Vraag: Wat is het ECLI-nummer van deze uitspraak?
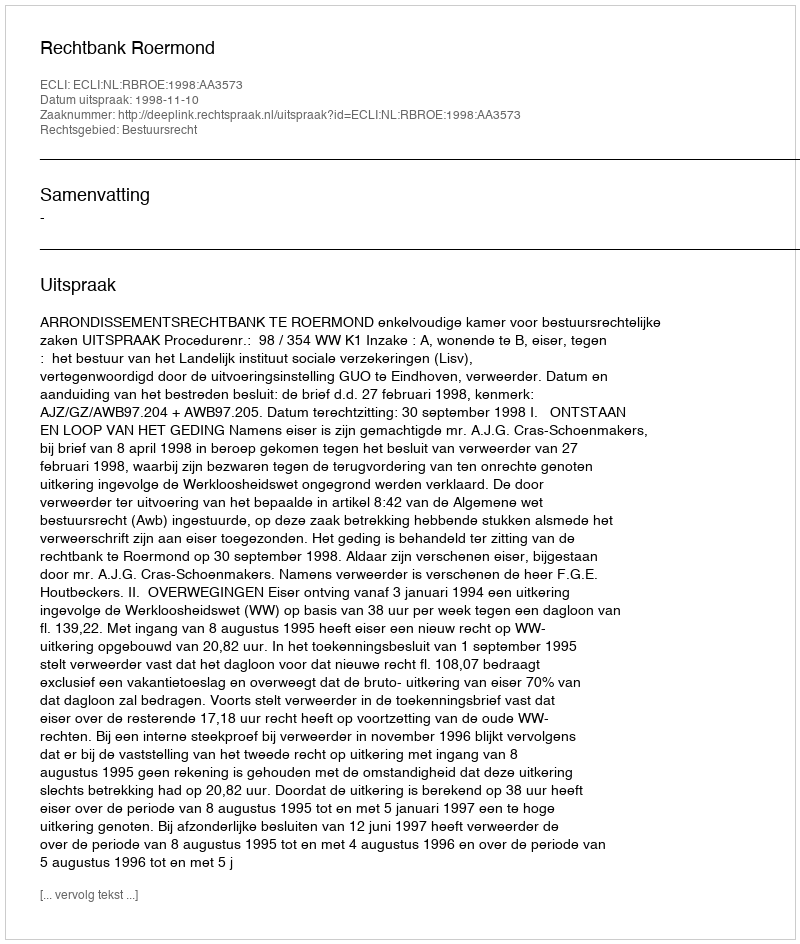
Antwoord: ECLI:NL:RBROE:1998:AA3573